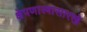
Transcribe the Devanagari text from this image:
क्षेपणास्त्रासारखे